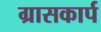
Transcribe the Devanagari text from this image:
ग्रासकार्प